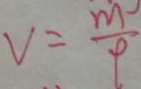
v = \frac { m } { \rho }